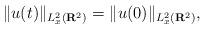
LaTeX: \begin{align*}\| u(t) \|_{L_{x}^{2}(\mathbf{R}^{2})} = \| u(0) \|_{L_{x}^{2}(\mathbf{R}^{2})},\end{align*}